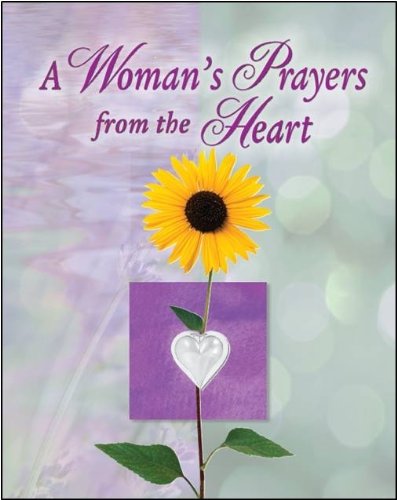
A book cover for A Woman's Prayers from the Heart; Religion & Spirituality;